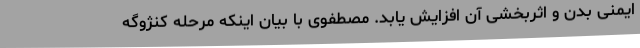
ایمنی بدن و اثربخشی آن افزایش یابد. مصطفوی با بیان اینکه مرحله کنژوگه